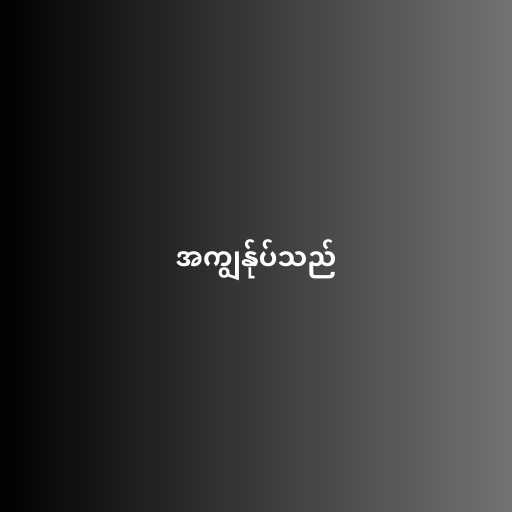
အကျွန်ုပ်သည်